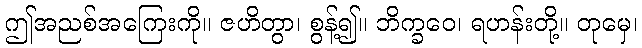
ဤအညစ်အကြေးကို။ ဇဟိတွာ၊ စွန့်၍။ ဘိက္ခဝေ၊ ရဟန်းတို့။ တုမှေ၊